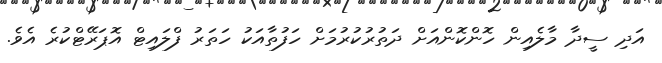
އަދި ސީދާ މާލެއިން ހޮންކޮންއަށް ދަތުރުކުރުމަށް ހަފުތާއަކު ހަތަރު ފްލައިޓް އޮޕަރޭޓްކުރެ އެވެ.